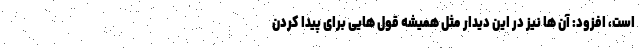
است، افزود: آن ها نیز در این دیدار مثل همیشه قول هایی برای پیدا کردن